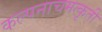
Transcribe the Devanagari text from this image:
कल्पनाचमत्कृती